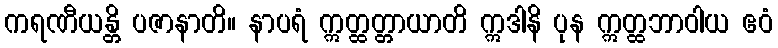
ကရဏီယန္တိ ပဇာနာတိ။ နာပရံ ဣတ္ထတ္တာယာတိ ဣဒါနိ ပုန ဣတ္ထဘာဝါယ ဧဝံ